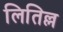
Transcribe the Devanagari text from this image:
लितिल्ल